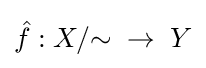
{\hat {f}}:X/{\sim }\;\to \;Y